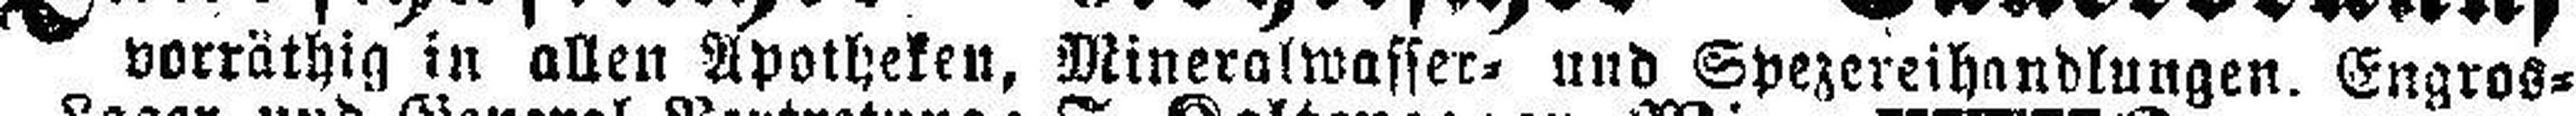
vorräthig in allen Apotheken, Mineralwasser= und Spezereihandlungen. Engros=